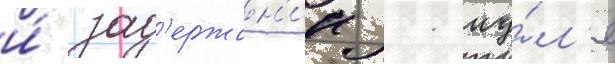
и́ зад'ержан'ии 11 иу́л'я